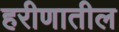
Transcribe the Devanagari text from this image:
हरीणातील